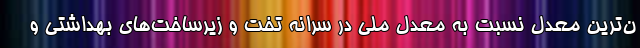
ن‌ترین معدل نسبت به معدل ملی در سرانه تخت و زیرساخت‌های بهداشتی و